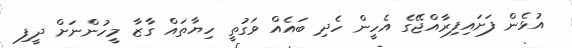
އުޅެން ފަށައިފިރާއްޖޭގެ އެހީން ހެދި ބައެއް ވަގުތީ ހިޔާތައް ގާޒާ މީހުންނަށް ދީފި